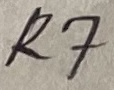
Text: R7